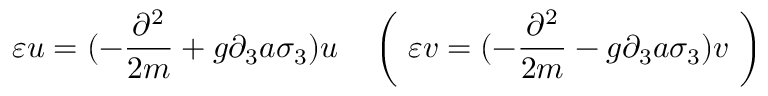
\varepsilon u = ( - \frac { \partial ^ { 2 } } { 2 m } + g \partial _ { 3 } a \sigma _ { 3 } ) u \quad \left( \ \varepsilon v = ( - \frac { \partial ^ { 2 } } { 2 m } - g \partial _ { 3 } a \sigma _ { 3 } ) v \ \right)